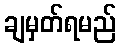
ချမှတ်ရမည်